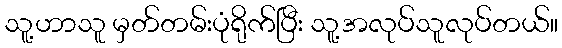
သူ့ဟာသူ မှတ်တမ်းပုံရိုက်ပြီး သူ့အလုပ်သူလုပ်တယ်။